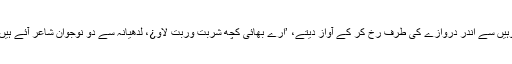
وہیں سے اندر دروازے کی طرف رخ کر کے آواز دیتے، ’ارے بھائی کچھ شربت وربت لاو¿، لدھیانہ سے دو نوجوان شاعر آئے ہیں۔